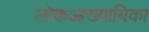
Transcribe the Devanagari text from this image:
लोकआख्यायिका